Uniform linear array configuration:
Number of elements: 24
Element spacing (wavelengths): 0.5
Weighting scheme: cosine
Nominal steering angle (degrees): -15
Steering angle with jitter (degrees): -16.496
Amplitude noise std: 0.05
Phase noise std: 0.05

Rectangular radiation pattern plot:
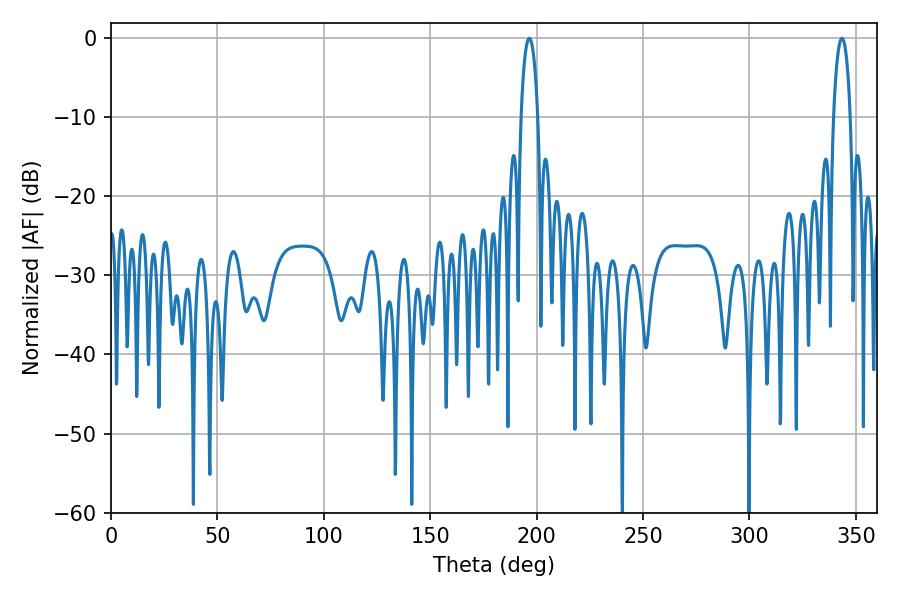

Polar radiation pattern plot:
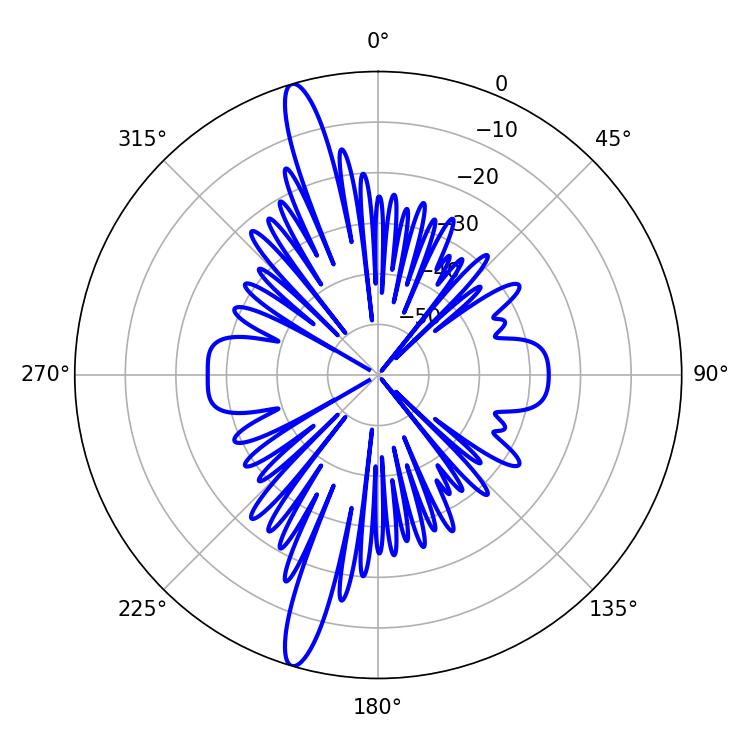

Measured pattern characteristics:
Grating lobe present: FALSE
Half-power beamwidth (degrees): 4.32
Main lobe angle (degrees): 196.56